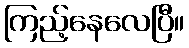
ကြည့်နေလေပြီ။